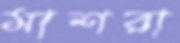
মাশরা